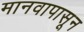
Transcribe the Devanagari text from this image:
मानवापासून